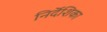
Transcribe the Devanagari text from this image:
निर्दॆशिका